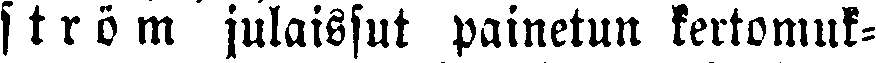
ström julaissut painetun kertomuk-